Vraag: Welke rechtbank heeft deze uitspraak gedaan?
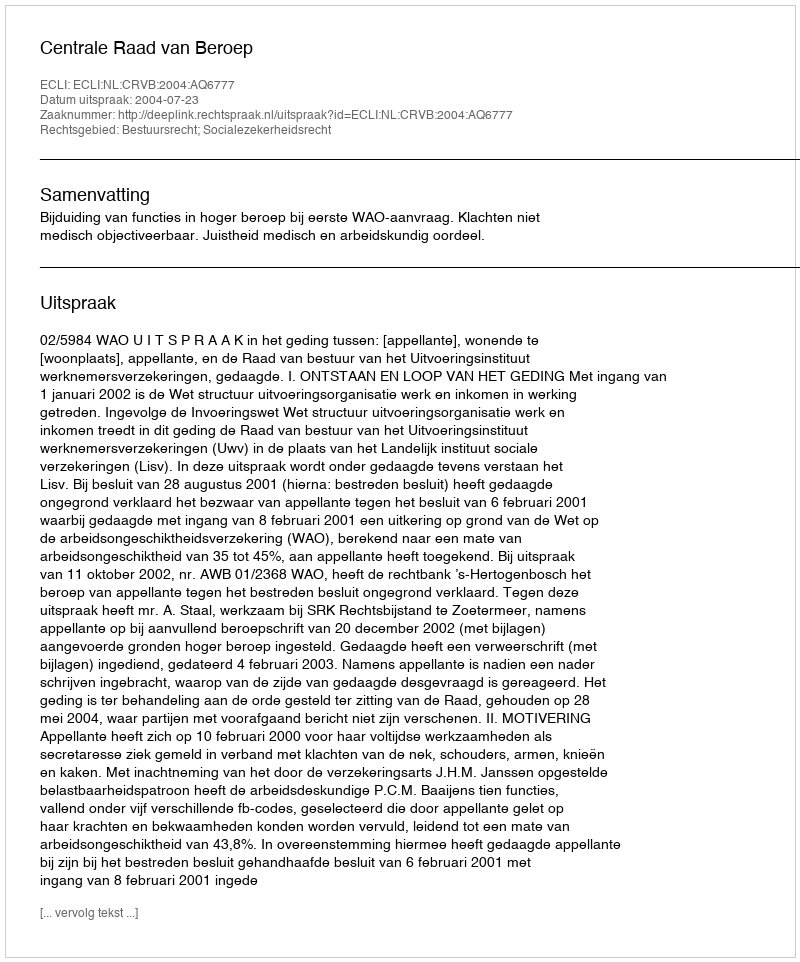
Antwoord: Centrale Raad van Beroep